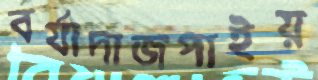
বর্যাদাজপাইয়